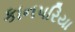
કાનપરિયા